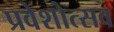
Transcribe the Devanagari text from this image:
प्रवेशोत्सव